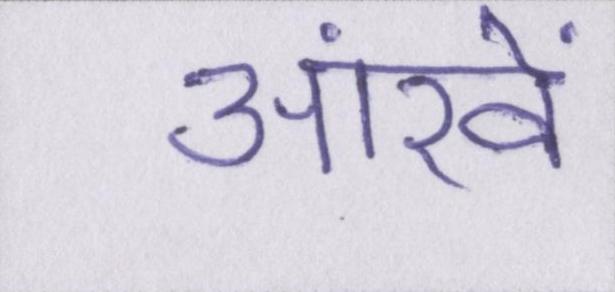
आंखें